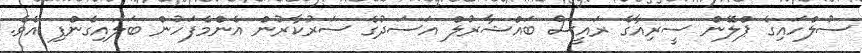
ސުލްހައިގެ ޕްލޭން ސީރިއާގެ ރައީސް ބައްޝާރުލް އަސަދުގެ ސަރުކާރުން އެންމެފަހުން ބަލައިގެންފި އެވެ.